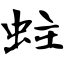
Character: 蛀